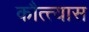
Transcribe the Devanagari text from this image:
कौत्त्यास